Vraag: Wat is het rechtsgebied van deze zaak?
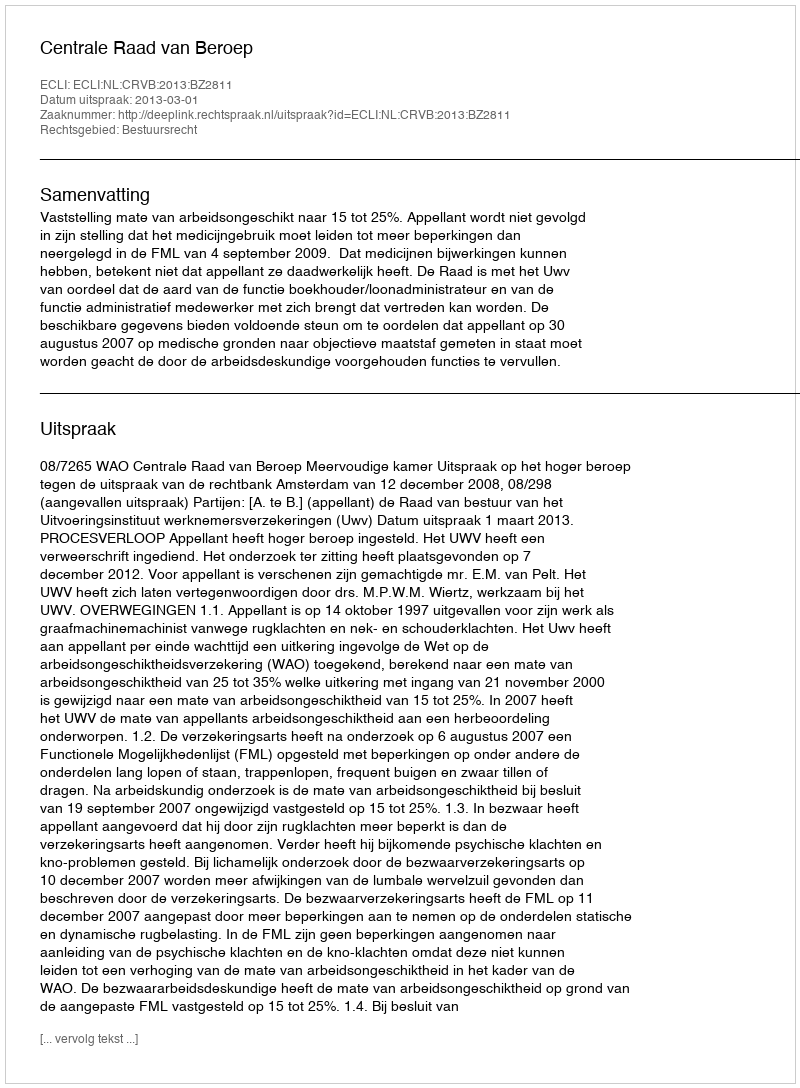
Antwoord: Bestuursrecht